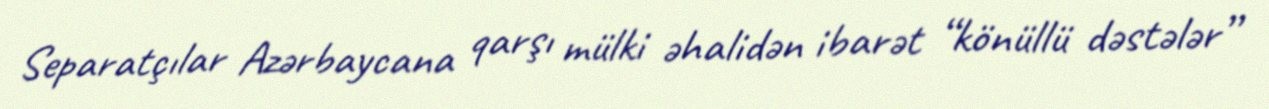
Separatçılar Azərbaycana qarşı mülki əhalidən ibarət “könüllü dəstələr”